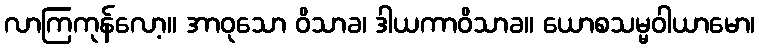
လာကြကုန်လော့။ အာဝုသော ဝိသာခ၊ ဒါယကာဝိသာခ။ ယောစသမ္မဝါယာမော၊